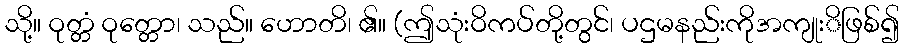
သို့။ ဝုတ္တံ ဝုတ္တော၊ သည်။ ဟောတိ၊ ၏။ (ဤသုံးဝိကပ်တို့တွင်၊ ပဌမနည်းကိုအကျုးိဖြစ်၍